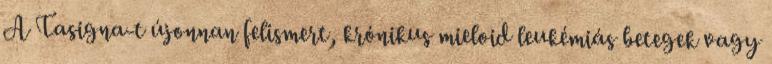
A Tasigna-t újonnan felismert, krónikus mieloid leukémiás betegek vagy